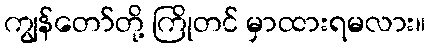
ကျွန်တော်တို့ ကြိုတင် မှာထားရမလား။